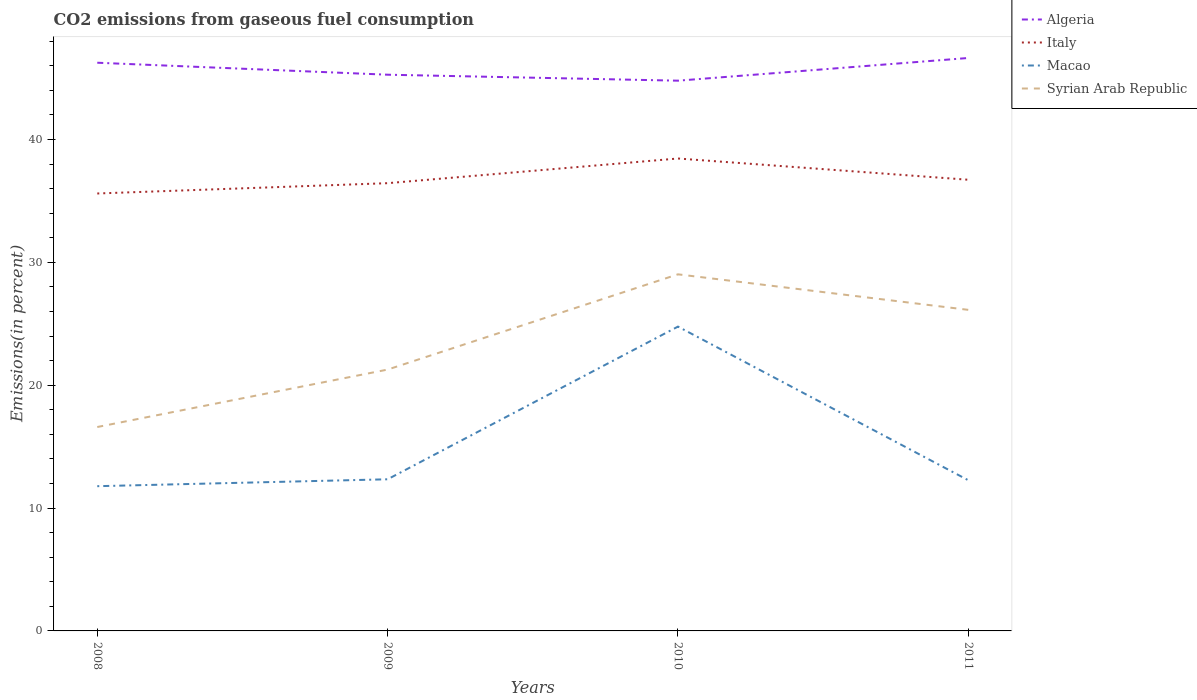
| Years | Algeria | Italy | Macao | Syrian Arab Republic |
 | --- | --- | --- | --- | --- |
 | 2008 | 46.2 | 35.6 | 11.8 | 16.6 |
 | 2009 | 45.3 | 36.4 | 12.3 | 21.3 |
 | 2010 | 44.8 | 38.5 | 24.8 | 29 |
 | 2011 | 46.6 | 36.7 | 12.3 | 26.1 |